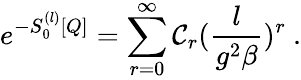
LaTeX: e^{-S_{0}^{(l)}[Q]}=\sum_{r=0}^{\infty}{\cal C}_{r}(\frac{l}{g^{2}\beta})^{r}\ .